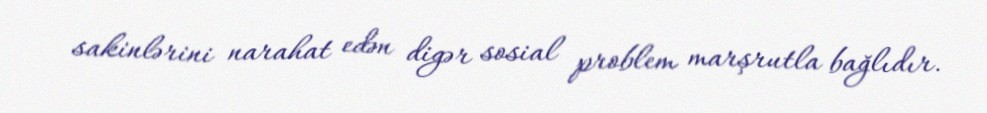
sakinlərini narahat edən digər sosial problem marşrutla bağlıdır.